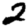
Digit: 2